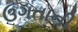
ઉગતાની